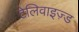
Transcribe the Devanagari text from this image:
टेलिवाइज़्ड